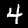
Label: 4